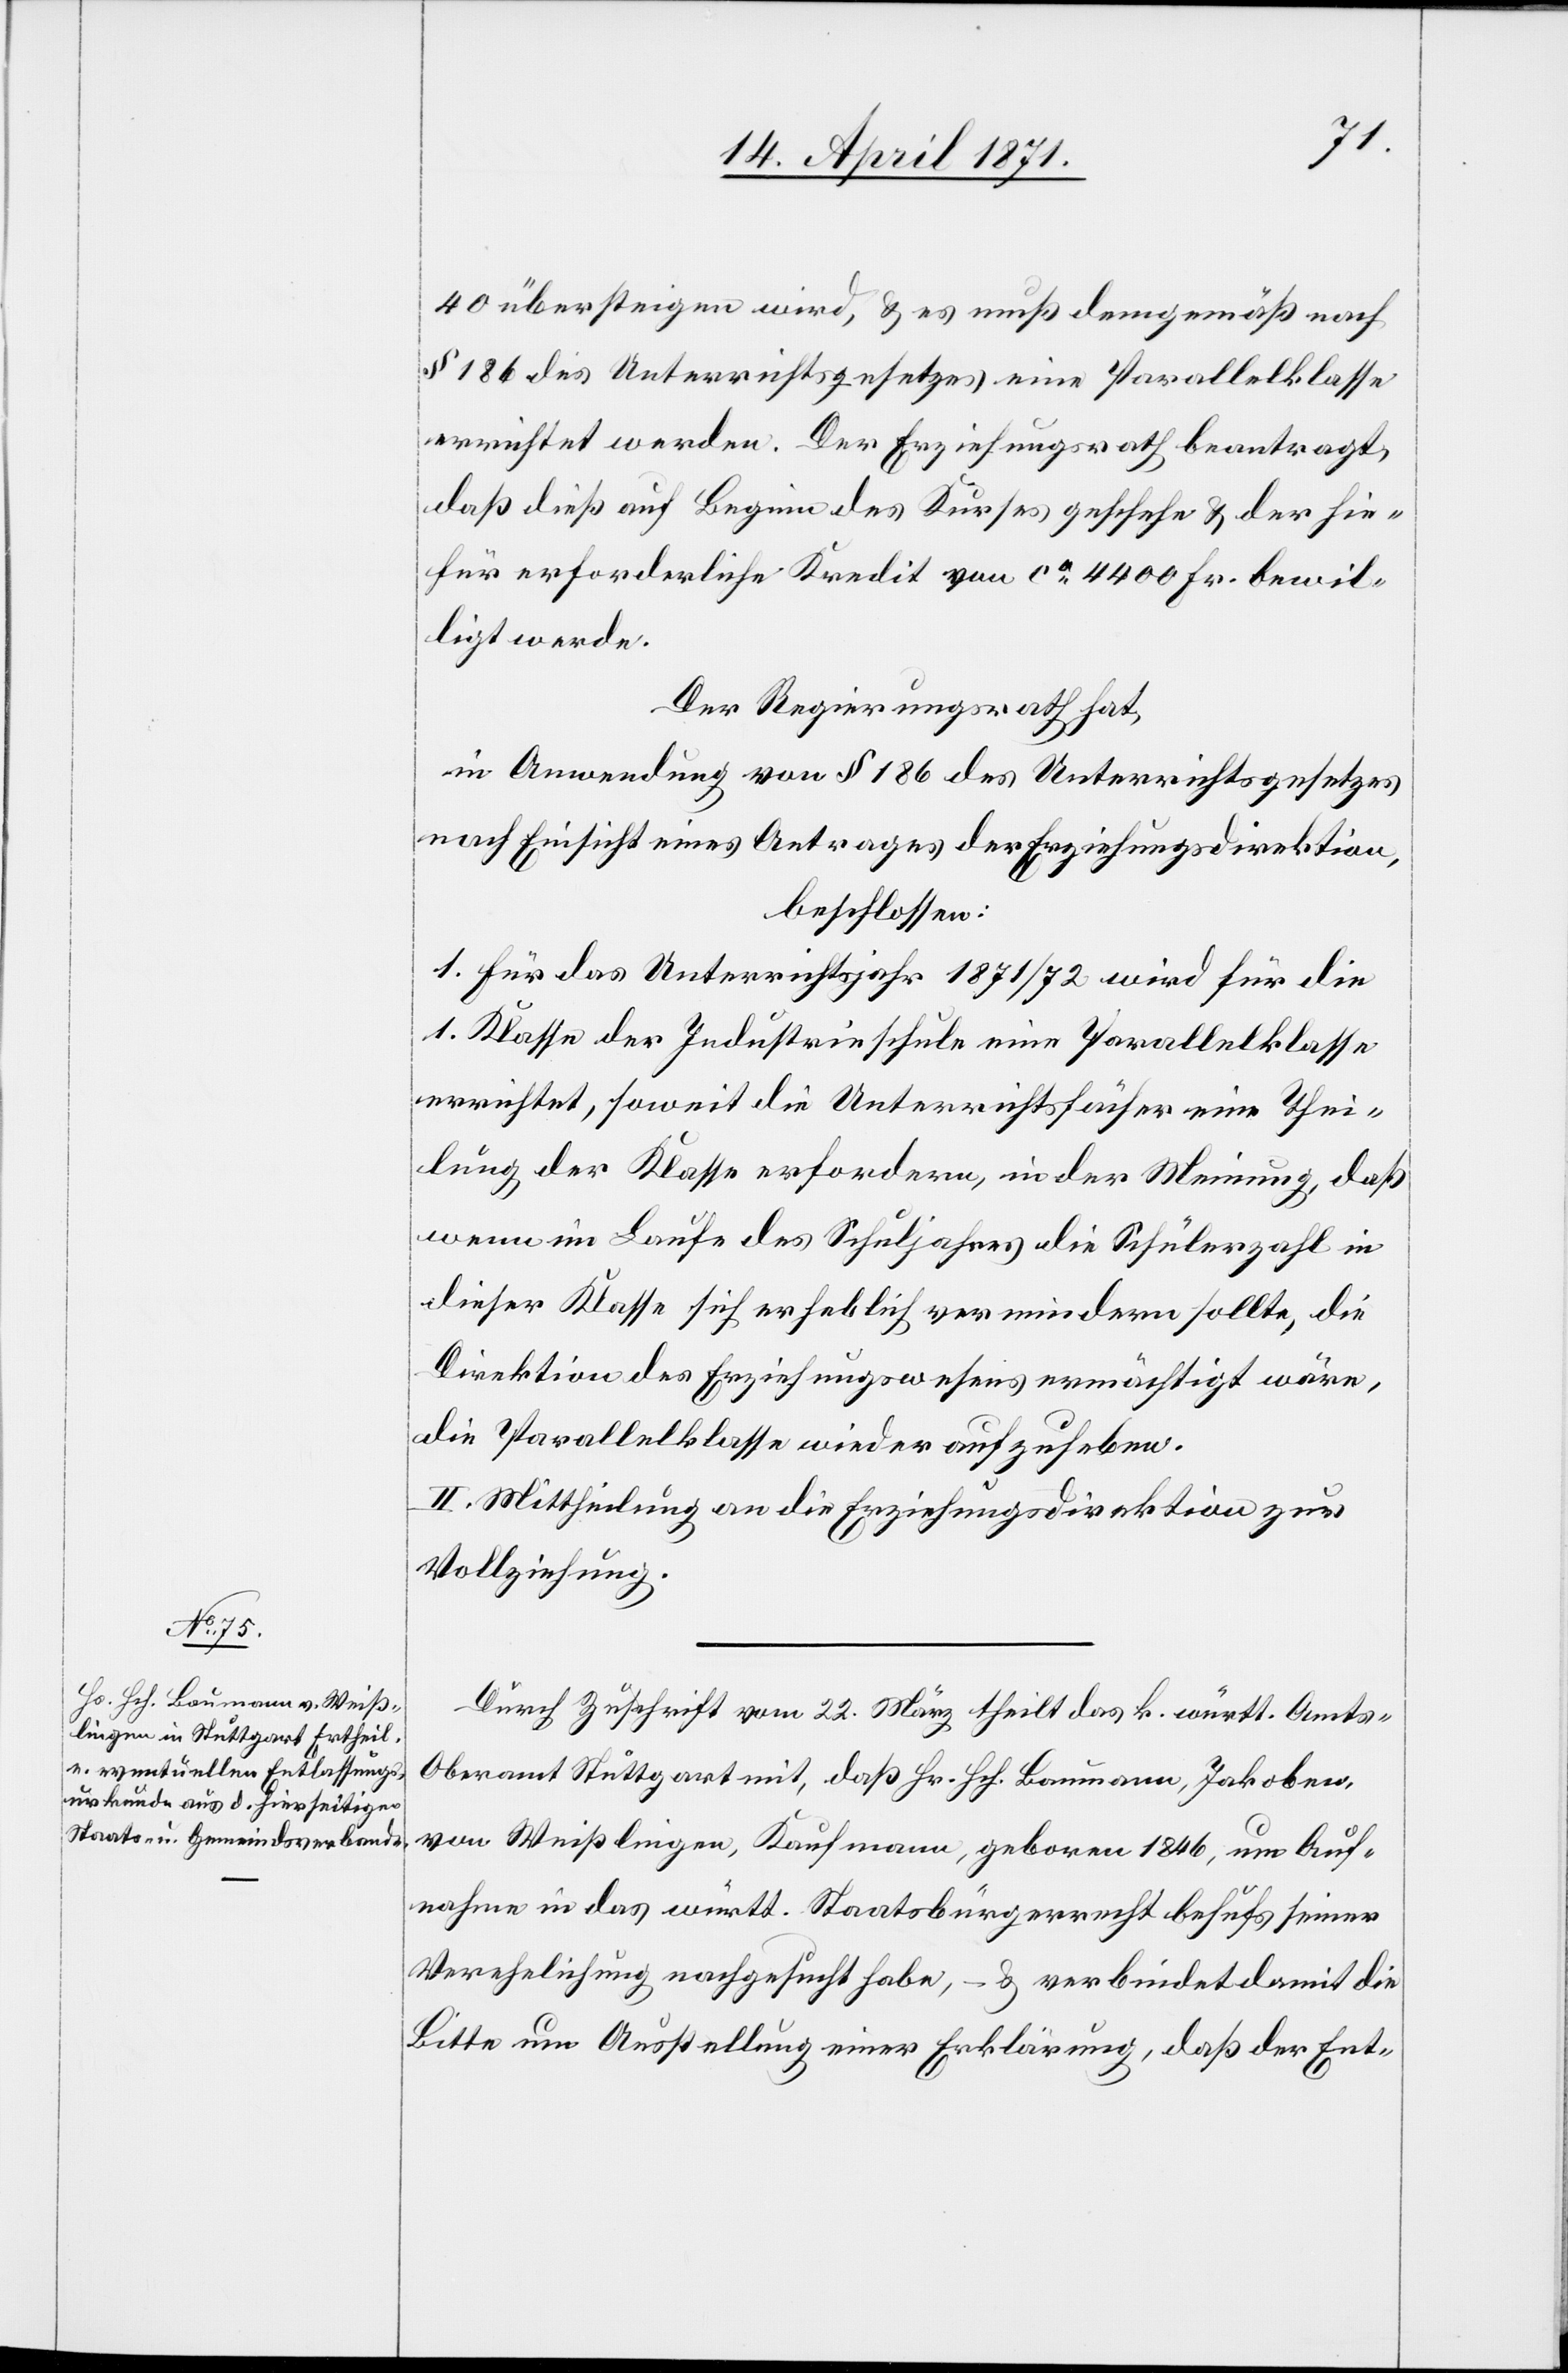
40 übersteigen wird, u. es muß demgemäß nach
§ 186 des Unterrichtsgesetzes eine Parallelklasse
errichtet werden. Der Erziehungsrath beantragt,
daß dieß auf Beginn des Kurses geschehe u. der hie¬
für erforderliche Kredit von ca. 4400 Fr. bewil¬
ligt werde.
Der Regierungsrath hat,
in Anwendung von § 186 des Unterrichtsgesetzes
nach Einsicht eines Antrages der Erziehungsdirektion,
beschlossen:
1. Für das Unterrichtsjahr 1871/72 wird für die
1. Klasse der Industrieschule eine Parallelklasse
errichtet, soweit die Unterrichtsfächer eine Thei¬
lung der Klasse erfordern, in der Meinung, daß
wenn im Laufe des Schuljahres die Schülerzahl in
dieser Klasse sich erheblich vermindern sollte, die
Direktion des Erziehungswesens ermächtigt wäre,
die Parallelklasse wieder aufzuheben.
II. Mittheilung an die Erziehungsdirektion zur
Vollziehung.
Durch Zuschrift vom 22. März theilt das k. württ. Amt¬
s-Oberamt Stuttgart mit, daß Hr. Hch. Baumann Jakoben,
von Weißlingen, Kaufmann, geboren 1846, um Auf¬
nahme in das württ. Staatsbürgerrecht behufs seiner
Verehelichung nachgesucht habe, – u. verbindet damit die
Bitte um Ausstellung einer Erklärung, daß der Ent-